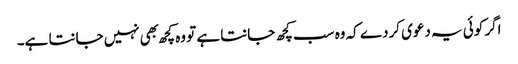
اگر کوئی یہ دعوی کردے کہ وه سب کچھ جانتا ہے تو وه کچھ بهی نہیں جانتا ہے۔